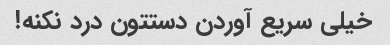
خیلی سریع آوردن دستتون درد نکنه!